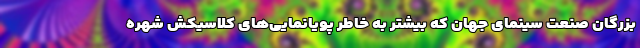
بزرگان صنعت سینمای جهان که بیشتر به خاطر پویانمایی‌های کلاسیکش شهره